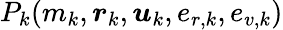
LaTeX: P_{k}(m_{k},\boldsymbol{r}_{k},\boldsymbol{u}_{k},e_{r,k},e_{v,k})